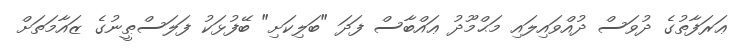
ޢަރަފާތުގެ ދުވަސް ދުއްވައިލައި މަޙްމޫދު ޢައްބާސް ފަދަ "ބަލިކަށި" ބޭފުޅަކު ފަލަސްޠީނުގެ ޒައާމަތަށް